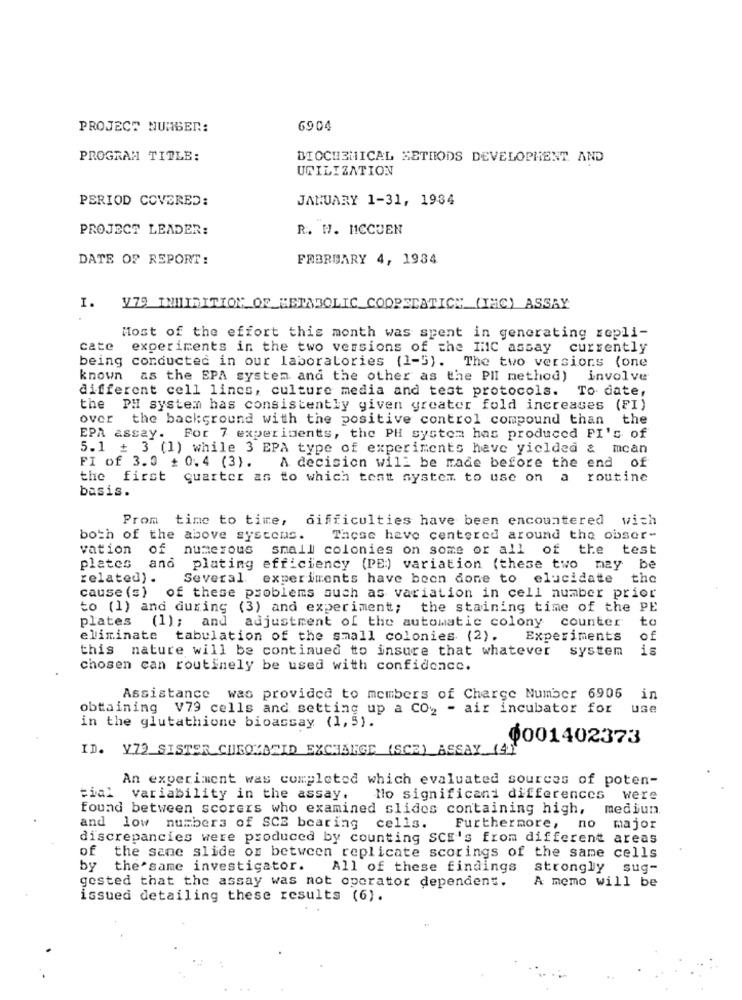
PROJECT NUMBER:
6904
PROGRAM TITLE:
BIOCHEMICAL METHODS DEVELOPMENT AND
UTILIZATION
PERIOD COVERED:
JANUARY 1-31, 1934
PROJECT LEADER:
R. W. MCCUEN
DATE OF REPORT:
FEBRUARY 4, 1934
I.
V79 INHIBITION OF_METABOLIC COOPERATION (IMC) ASSAY
Most of the effort this month was spent in generating repli-
cate
experiments in the two versions of the INC assay currently
being conducted in our laboratories (1-5). The two versions (one
known
as the EPA system and the other as the PII method) involve
different cell lines, culture media and test protocols. To date,
the PH system has consistently given greater fold increases (FI)
over
the background with the positive control compound than the
EPA assay. For 7 experiments, the PH system has produced PI's of
5.1 + 3 (1) while 3 EPA type of experiments have yielded & mcan
FI of 3.0 + 0.4 (3).
A decision will be made before the end of
the first quarter as to which test system to use on a routine
basis.
Prom time to time,
difficulties have been encountered wish
both of the above systems.
These have centered around the obser-
vation of numerous
small colonies on some or all of the
test
plates and plating efficiency (PE:) variation (these two may be
related) .
Several experiments have been done to elucidate the
cause (s)
of these problems such as variation in cell number prior
to (1) and during (3) and experiment; the staining time of the PE
plates (1); and adjustment of the automatic colony counter
to
eliminate tabulation of the small colonies (2). Experiments
of
this nature will be continued to insure that whatever system
is
chosen can routinely be used with confidence.
Assistance was provided to members of Charge Number 6906 in
obtaining V79 cells and setting up a CO2 - air incubator for
use
in the glutathione bioassay (1,5).
0001402373
ID. V70 SISTER CHROMATID EXCHANGE (SCE) ASSAY (4)
An experiment was completed which evaluated sources of poten-
tial variability in the assay.
No significant differences
were
found between scorers who examined slides containing high,
mediun
and low numbers of SCE bearing
cells.
Furthermore, no major
discrepancies were produced by counting SCE's from different areas
of the same slide of between replicate scorings of the same cells
by the same investigator.
All of these findings
strongly sug-
A memo will be
josted that the assay was not operator dependent.
issued detailing these results (6).